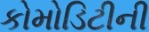
કોમોડિટીની